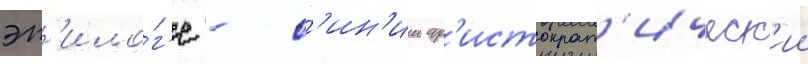
эп'ило́г'е - с'ин'ии ар'истократ'ическ'ии